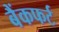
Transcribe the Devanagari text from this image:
बैंकफर्ट